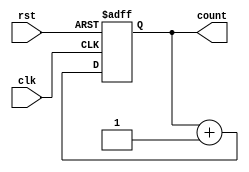
module binary_counter_ff(
    input clk,
    input rst,
    output reg [1:0] count
);

always @(posedge clk or posedge rst) begin
    if (rst) begin
        count <= 2'b00;
    end else begin
        count <= count + 1;
    end
end

endmodule